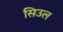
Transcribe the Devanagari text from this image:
सिउल